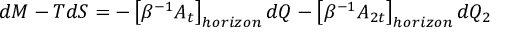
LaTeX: d M - T d S = - \left[ \beta ^ { - 1 } A _ { t } \right] _ { h o r i z o n } d Q - \left[ \beta ^ { - 1 } A _ { 2 t } \right] _ { h o r i z o n } d Q _ { 2 }